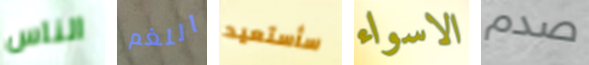
الناس اللغم سأستعيد الاسواء صدم